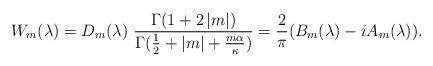
LaTeX: \begin{align*} W_m(\lambda)= D_m(\lambda) \ \frac{\Gamma(1+2\, |m|)}{ \Gamma(\frac 12+|m|+\frac{m\alpha}{\kappa})} = \frac{2}{\pi} (B_m(\lambda)-i A_m(\lambda)).\end{align*}